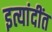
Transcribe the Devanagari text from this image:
इत्यांदींत